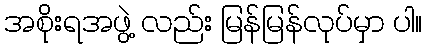
အစိုးရအဖွဲ့ လည်း မြန်မြန်လုပ်မှာ ပါ။